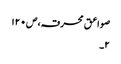
صواعق محرقہ،ص۱۲۰
۲۔